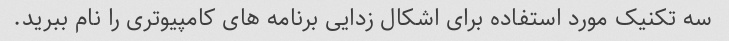
سه تکنیک مورد استفاده برای اشکال زدایی برنامه های کامپیوتری را نام ببرید.